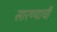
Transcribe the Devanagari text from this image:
सारण्याची